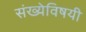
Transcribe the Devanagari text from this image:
संख्येविषयी